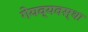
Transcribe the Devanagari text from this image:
गेयव्यवस्था